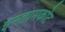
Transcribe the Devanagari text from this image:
इस्लामकोट